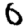
Digit: 0